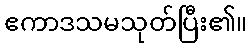
ဧကာဒသမသုတ်ပြီး၏။